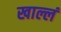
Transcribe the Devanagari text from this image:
खाल्लं